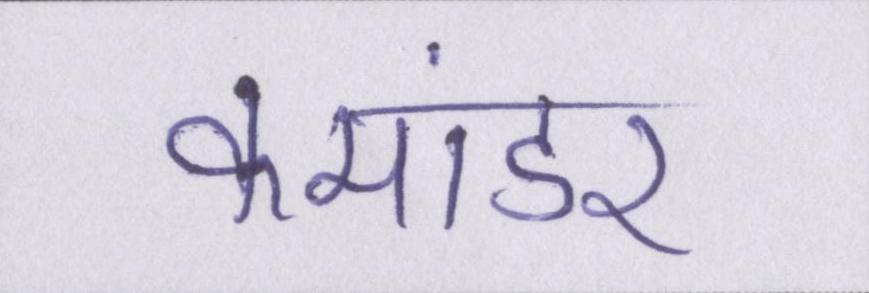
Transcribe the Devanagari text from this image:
कमांडर